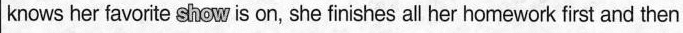
knows her favorte show is on, she finishes all her homework first and then